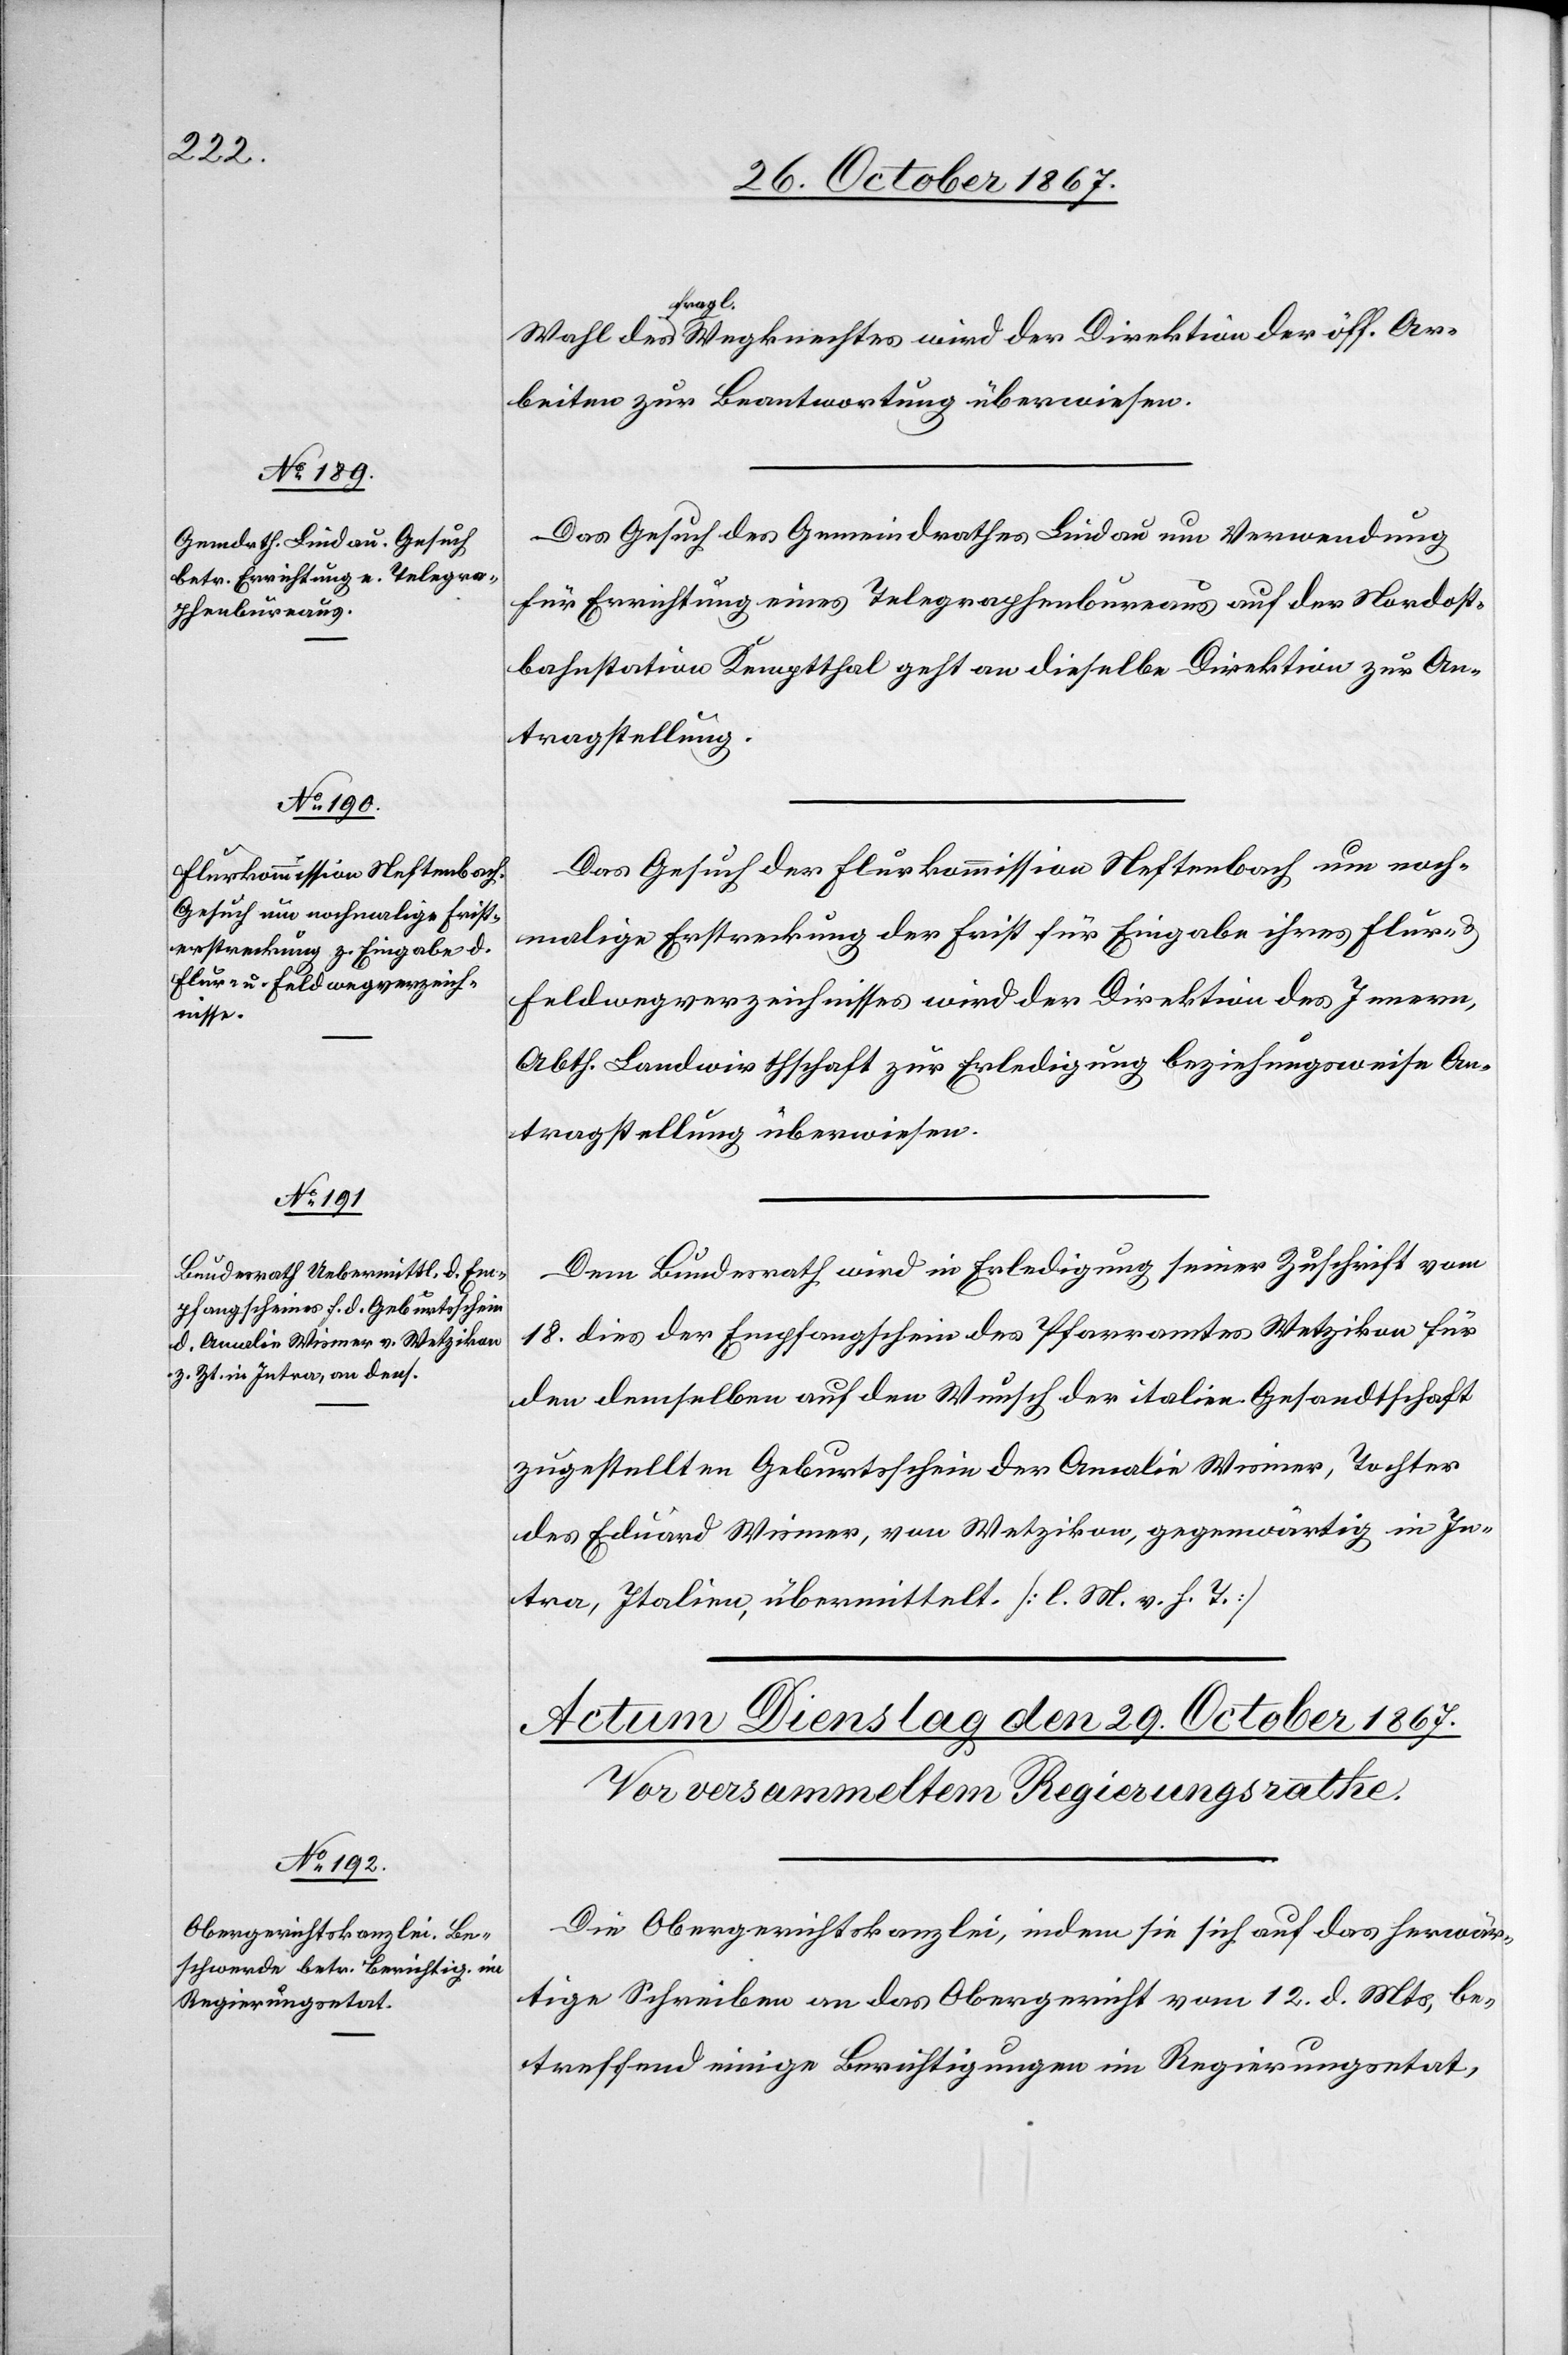
28. October 1867.]
fragl.
Arbeiten zur Beantwortung überwiesen.
Das Gesuch des Gemeindrathes Lindau um Verwendung
für Errichtung eines Telegraphenbureau auf der Nordost¬
bahnstation Kemptthal geht an dieselbe Direktion zur An¬
tragstellung.
Das Gesuch der Flurkommission Neftenbach um noch¬
malige Erstreckung der Frist für Eingabe ihres Flur-
Feldwegverzeichnisses wird der Direktion des Innern,
Abth. Landwirthschaft zur Erledigung beziehungsweise An¬
tragstellung überwiesen.
Dem Bundesrath wird in Erledigung seiner Zuschrift vom
18. dies der Empfangschein des Pfarramtes Wetzikon für
den demselben auf den Wunsche der italien. Gesandtschaft
zugestellten Geburtsschein der Amalie Wismer, Tochter
des Eduard Wismer, von Wetzikon, gegenwärtig in In¬
tra, Italien, übermittelt. [l. M. v. h. T.]
Die Obergerichtskanzlei, indem sie sich auf das herwär¬
tige Schreiben an das Obergericht vom 12. d. Mts. be¬
treffend einige Berichtigungen im Regierungsetat,